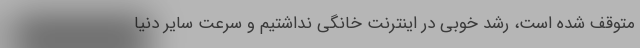
متوقف شده است، رشد خوبی در اینترنت خانگی نداشتیم و سرعت سایر دنیا